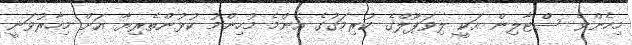
މިހެންވެ ސްޓާލިން އަކީ ލިވަޕޫލްގެ ކުރިމަގުގެ އެންމެ މުހިންމު ކުޅުންތެރިޔާ އަށް މިހާރުވަނީ